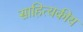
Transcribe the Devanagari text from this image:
साहित्यकीय